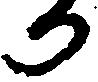
り